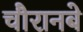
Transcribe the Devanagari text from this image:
चौरानबे